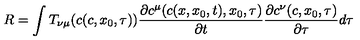
R = \int T _ { \nu \mu } ( c ( c , x _ { 0 } , \tau ) ) \frac { \partial c ^ { \mu } ( c ( x , x _ { 0 } , t ) , x _ { 0 } , \tau ) } { \partial t } \frac { \partial c ^ { \nu } ( c , x _ { 0 } , \tau ) } { \partial \tau } d \tau